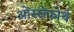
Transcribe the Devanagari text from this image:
ओस्सेफोर्थ